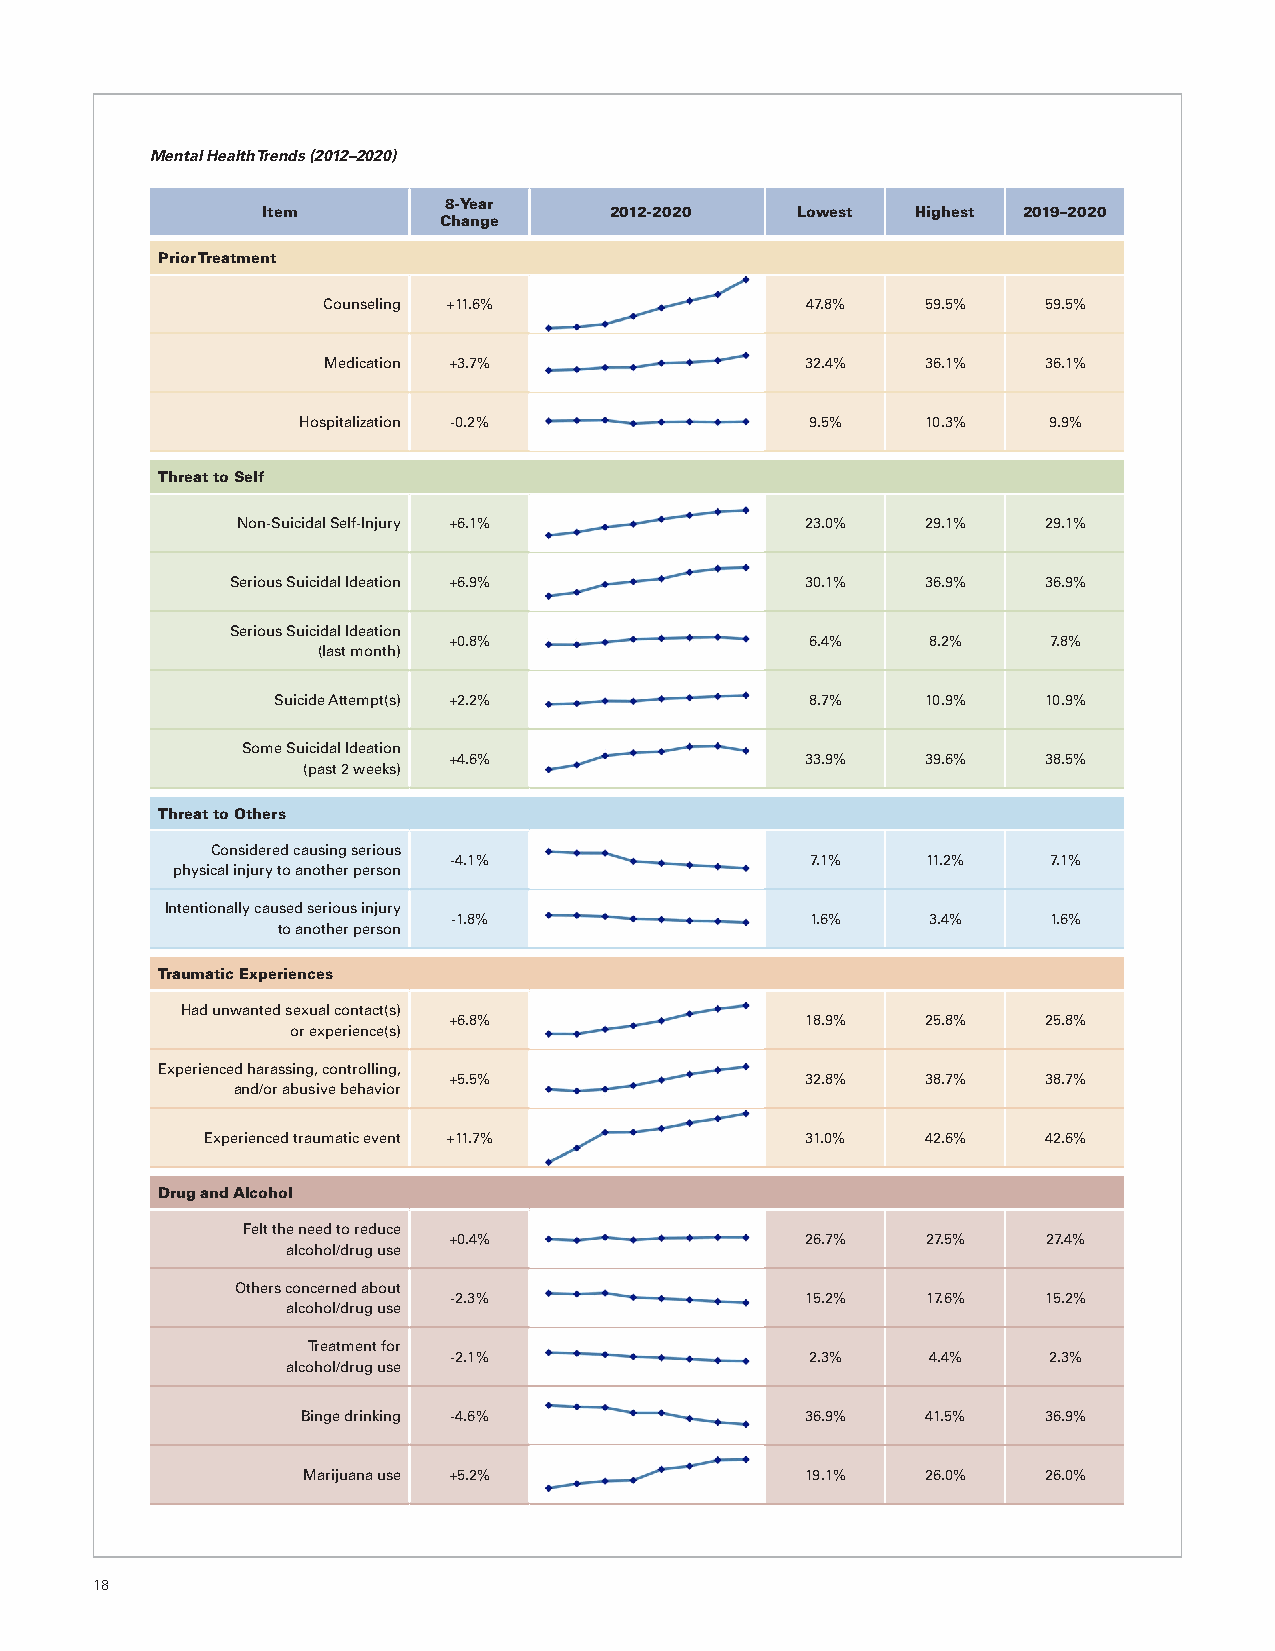
Mental Health Trends (2012–2020)
 8-Year
 Item                   2012-2020    Lowest  Highest 2019–2020
 Change
 Prior Treatment
 Counseling +11.6%               47.8%   59.5%   59.5%
 Medication +3.7%                32.4%   36.1%   36.1%
 Hospitalization -0.2%             9.5%   10.3%   9.9%
 Threat to Self
 Non-Suicidal Self-Injury +6.1%       23.0%   29.1%   29.1%
 Serious Suicidal Ideation +6.9%       30.1%   36.9%   36.9%
 Serious Suicidal Ideation
 +0.8%                   6.4%   8.2%     7.8%
 (last month)
 Suicide Attempt(s) +2.2%            8.7%   10.9%   10.9%
 Some Suicidal Ideation
 +4.6%                  33.9%   39.6%   38.5%
 (past 2 weeks)
 Threat to Others
 Considered causing serious
 -4.1%                   7.1%   11.2%    7.1%
 physical injury to another person
 Intentionally caused serious injury
 -1.8%                   1.6%   3.4%    1.6%
 to another person
 Traumatic Experiences
 Had unwanted sexual contact(s)
 +6.8%                  18.9%   25.8%   25.8%
 or experience(s)
 Experienced harassing, controlling,
 +5.5%                  32.8%   38.7%   38.7%
 and/or abusive behavior
 Experienced traumatic event +11.7%     31.0%   42.6%   42.6%
 Drug and Alcohol
 Felt the need to reduce
 +0.4%                  26.7%   27.5%   27.4%
 alcohol/drug use
 Others concerned about
 -2.3%                  15.2%   17.6%   15.2%
 alcohol/drug use
 Treatment for
 -2.1%                   2.3%   4.4%    2.3%
 alcohol/drug use
 Binge drinking -4.6%             36.9%   41.5%   36.9%
 Marijuana use +5.2%              19.1%   26.0%   26.0%
 18